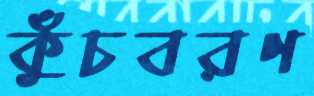
কুঁচবরণ